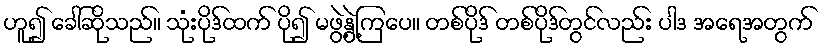
ဟူ၍ ခေါ်ဆိုသည်။ သုံးပိုဒ်ထက် ပို၍ မဖွဲ့နွဲ့ကြပေ။ တစ်ပိုဒ် တစ်ပိုဒ်တွင်လည်း ပါဒ အရေအတွက်